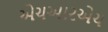
એચઆરએચ